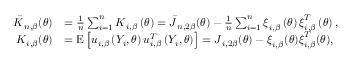
\begin{array} { r l } { \boldsymbol { \bar { K } } _ { n , \beta } ( \boldsymbol { \theta } ) } & { = \frac { 1 } { n } \sum _ { i = 1 } ^ { n } \boldsymbol { K } _ { i , \beta } \left( \boldsymbol { \theta } \right) = \boldsymbol { \bar { J } } _ { n , 2 \beta } ( \boldsymbol { \theta } ) - \frac { 1 } { n } \sum _ { i = 1 } ^ { n } \boldsymbol { \xi } _ { i , \beta } \left( \boldsymbol { \theta } \right) \boldsymbol { \xi } _ { i , \beta } ^ { T } \left( \boldsymbol { \theta } \right) , } \\ { \boldsymbol { K } _ { i , \beta } ( \boldsymbol { \theta } ) } & { = \mathrm { E } \left[ \boldsymbol { u } _ { i , \beta } \left( Y _ { i } , \boldsymbol { \theta } \right) \boldsymbol { u } _ { i , \beta } ^ { T } \left( Y _ { i } , \boldsymbol { \theta } \right) \right] = \boldsymbol { J } _ { i , 2 \beta } ( \boldsymbol { \theta } ) - \boldsymbol { \xi } _ { i , \beta } ( \boldsymbol { \theta } ) \boldsymbol { \xi } _ { i , \beta } ^ { T } ( \boldsymbol { \theta } ) , } \end{array}